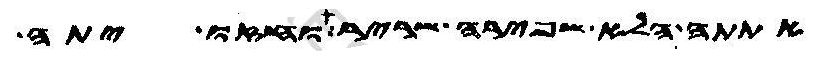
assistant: אתתה הלא שפירה שריר וחזו יתה